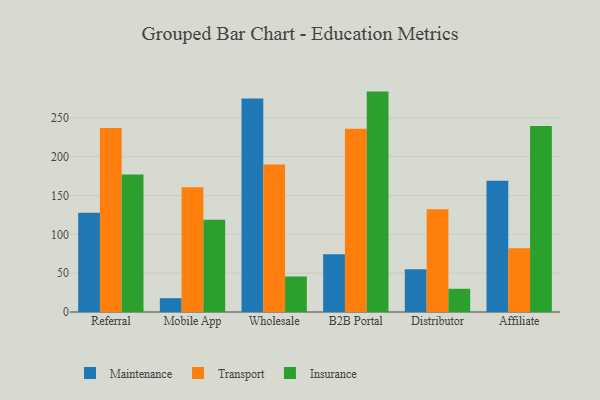
{"axis": {"x": "Channel", "y": "Active Users"}, "legend": ["Insurance", "Maintenance", "Transport"], "data": [{"x": "Referral", "y": 127.7, "type": "Maintenance"}, {"x": "Referral", "y": 236.8, "type": "Transport"}, {"x": "Referral", "y": 176.9, "type": "Insurance"}, {"x": "Mobile App", "y": 17.8, "type": "Maintenance"}, {"x": "Mobile App", "y": 160.7, "type": "Transport"}, {"x": "Mobile App", "y": 118.7, "type": "Insurance"}, {"x": "Wholesale", "y": 275.0, "type": "Maintenance"}, {"x": "Wholesale", "y": 189.9, "type": "Transport"}, {"x": "Wholesale", "y": 45.7, "type": "Insurance"}, {"x": "B2B Portal", "y": 74.4, "type": "Maintenance"}, {"x": "B2B Portal", "y": 235.9, "type": "Transport"}, {"x": "B2B Portal", "y": 283.8, "type": "Insurance"}, {"x": "Distributor", "y": 54.9, "type": "Maintenance"}, {"x": "Distributor", "y": 132.4, "type": "Transport"}, {"x": "Distributor", "y": 29.9, "type": "Insurance"}, {"x": "Affiliate", "y": 168.9, "type": "Maintenance"}, {"x": "Affiliate", "y": 82.2, "type": "Transport"}, {"x": "Affiliate", "y": 239.5, "type": "Insurance"}]}